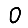
Digit: 0